Burma Government Medical School reports 1907-22
Year: 1907
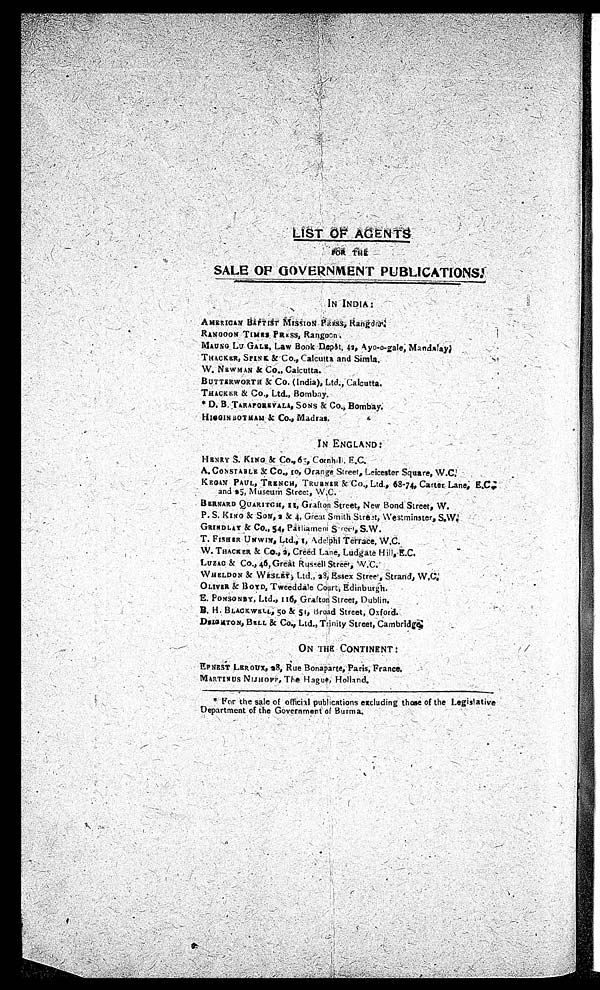
LIST OF AGE
NTS
FOR THE
SALE OF GOVERNMENT PUBLICATIONS
IN INDIA:
AMERICAN BAPTIST MISSION PRRSS, Ranģoon.
•
RANGOON TIMES PRRSS, Rangoon.
MAUNG LU GALE, Law Book Depðt, 42, Ayo-o-gale, Mandala
y.
THACKER, SPINK & Co., Calcutta and S i m l a .
W. NEWMAN & Co., Calcutta.
BUTTERWORTH & Co. (India), Ltd., Calcutta.
THACKER
& C o . , L t d . , B o m b a y .
* D . B .
T A R A P O R E V A L A , S O N S & C o . ,
B o m b a y .
H I G i G I N B O T H A M & C o . , M a d r a s .
IN ENGLAND
:
HENRY S. KING & Co., 65, Cornhill, E.C.
A. CONSTABLE & Co., 10, Orange Street, Leicester Square, W.C.
KEGAN PAUL, TRENCH, TRUBNER &
Co., Ltd., 68-74, Carter Lane, E.C:
•
a n d 5 , M u s e u m S t r e e t , W . C .
BERNARD QUARITCH, 11, Grafton Street, New Bond Street, W.
P. S. KING & SONS, 2 & 4, Great Smith Street, Westminster, S. W.
GRINDLAY & CO., 54, Parliament Street, S.W.
T. FISHER UNWIN, Ltd., 1, A delphi Terrace,
W.C.
W. TRACKER & Co., 2, Creed Lane, Ludgate Hi
ll, E.C.
LUZAC & Co., 46, Great Russell Street, W.C.
WHELDON & WESLEy Ltd., 28, Essex Street, Strand, W.C.
OLIVER & BOYD, Tweeddale Court, Edinburgh.
E. PONSONBY, Ltd., 116, Grafton Street, Dublin.
•
B. H. BLACKWELL, 50 & 59, Broad Street, Oxford.
•
DSIGHTON, BELL & Co., Ltd., Trinity Street, Cambridge.
ON THE CONTINENT:
• EPNES
T
. LEROUX, 28, Rue Bonaparte, Paris, France.
MARTINUS NIJHOFF, T he Hague, Holland.
* For the sale of official publications excluding those of the Legislative
Department of the Government of Burma
.